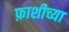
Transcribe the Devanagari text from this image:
फ़ाशीच्या